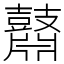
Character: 鼘